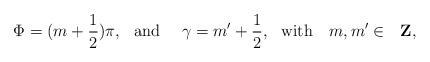
LaTeX: \begin{align*}\Phi = (m+ \frac{1}{2}) \pi, \,\,\,\,\mbox{and}\,\,\,\,\,\,\,\, \gamma =m'+\frac{1}{2}, \,\,\,\,\mbox{with}\,\,\,\,\,\, m, m'\in\,\,\,\, \mbox{{\bf Z}},\end{align*}